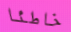
خاطئا